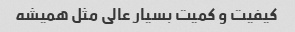
کیفیت و کمیت بسیار عالی مثل همیشه